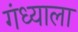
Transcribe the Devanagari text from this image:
गंध्याला